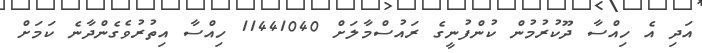
އަދި އެ ހިއްސާ ދޫކުރުމުން ކުންފުނީގެ ރައުސްމާލަށް 11441040 ހިއްސާ އިތުރުވެގެންދާނެ ކަމަށް